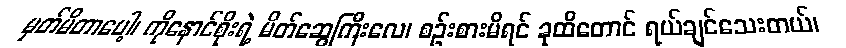
မှတ်မိတာပေါ့၊ ကိုနောင်စိုးရဲ့ မိတ်ဆွေကြီးလေ၊ စဉ်းစားမိရင် ခုထိတောင် ရယ်ချင်သေးတယ်၊